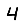
Digit: 4